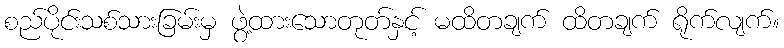
စည်ပိုင်းသစ်သားခြမ်းမှ ဖွဲ့ထားသောတုတ်နှင့် မထိတချက် ထိတချက် ရိုက်လျက်။